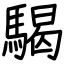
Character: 騔